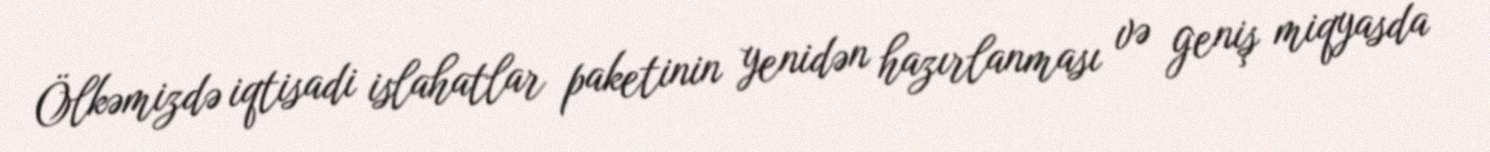
Ölkəmizdə iqtisadi islahatlar paketinin yenidən hazırlanması və geniş miqyasda